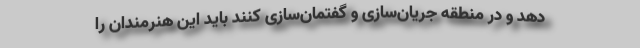
دهد و در منطقه جریان‌سازی و گفتمان‌سازی کنند باید این هنرمندان را